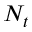
N _ { t }